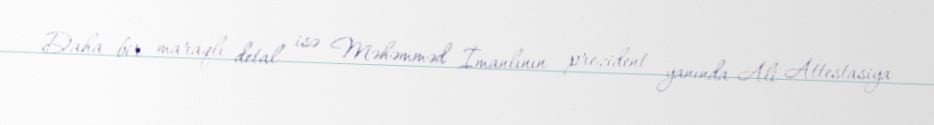
Daha bir maraqlı detal isə Məhəmməd İmanlının prezident yanında Ali Attestasiya